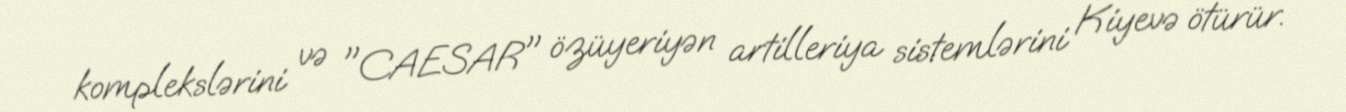
komplekslərini və "CAESAR" özüyeriyən artilleriya sistemlərini Kiyevə ötürür.